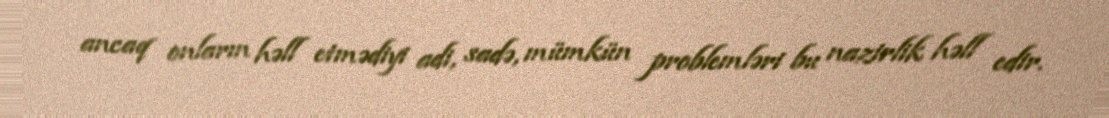
ancaq onların həll etmədiyi adi, sadə, mümkün problemləri bu nazirlik həll edir.